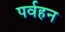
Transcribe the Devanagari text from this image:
पर्वहन